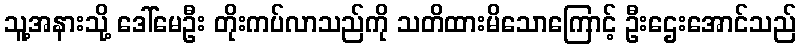
သူ့အနားသို့ ဒေါ်မေဦး တိုးကပ်လာသည်ကို သတိထားမိသောကြောင့် ဦးဌေးအောင်သည်